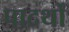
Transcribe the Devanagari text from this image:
पादर्थों